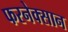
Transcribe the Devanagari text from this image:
फरनेक्सान